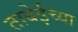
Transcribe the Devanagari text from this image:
ताबेईच्या